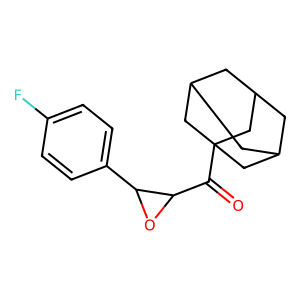
SMILES: O=C(C1OC1c1ccc(F)cc1)C12CC3CC(CC(C3)C1)C2
Inhibits HIV replication: No